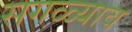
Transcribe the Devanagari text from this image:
सगळ्याव